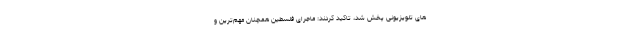
های تلویزیونی پخش شد، تاکید کردند: ماجرای فلسطین همچنان مهم‌ترین و